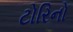
ટોરિનો